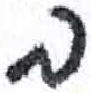
אות: ב